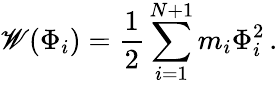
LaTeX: \mathscr{W}(\Phi_{i})={\frac{{1}}{{2}}}\sum_{i=1}^{N+1}m_{i}\Phi_{i}^{2}\, .